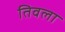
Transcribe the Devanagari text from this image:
तिवला